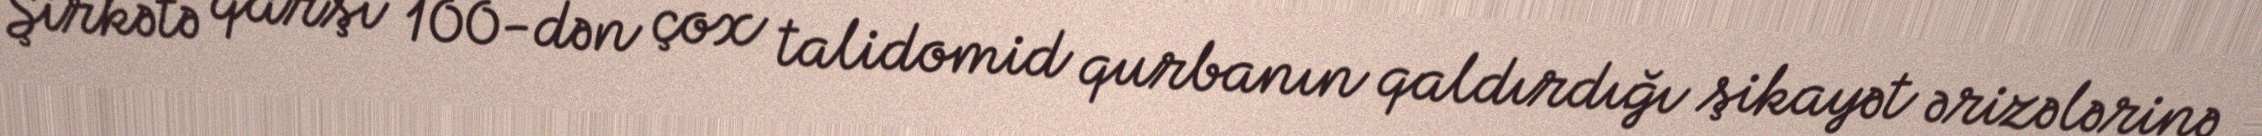
Şirkətə qarşı 100-dən çox talidomid qurbanın qaldırdığı şikayət ərizələrinə